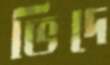
ভিদে